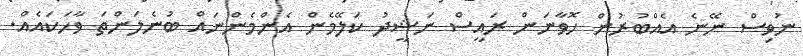
ނުވިސް ނޭނެ އެއްބުރުން ހޮވާނަން ރައީސް ނަޝީދު ކަލޭމެން އެންމެންނައް ބުނެލަންތަ ވާހަކައެއް.